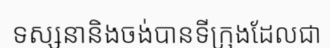
ទស្សនានិងចង់បានទីក្រុងដែលជា